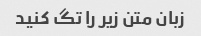
زبان متن زیر را تگ کنید